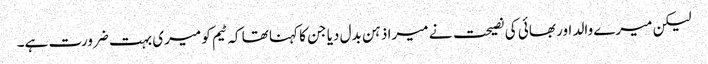
لیکن میرے والد اور بھائی کی نصیحت نے میرا ذہن بدل دیا جن کا کہنا تھا کہ ٹیم کو میری بہت ضرورت ہے۔